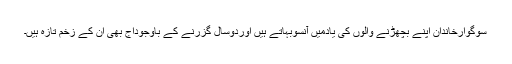
سوگوارخاندان اپنے بچھڑنے والوں کی یادمیں آنسوبہاتے ہیں اوردوسال گزرنے کے باوجودآج بھی ان کے زخم تازہ ہیں۔